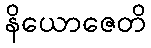
နိယောဇေတိ